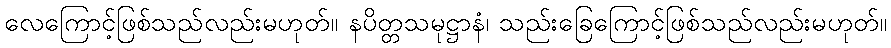
လေကြောင့်ဖြစ်သည်လည်းမဟုတ်။ နပိတ္တသမုဋ္ဌာနံ၊ သည်းခြေကြောင့်ဖြစ်သည်လည်းမဟုတ်။